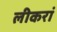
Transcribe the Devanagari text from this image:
लीकरां